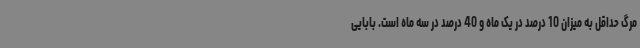
مرگ حداقل به میزان 10 درصد در یک ماه و 40 درصد در سه ماه است. بابایی